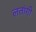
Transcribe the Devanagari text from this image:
लतांगी